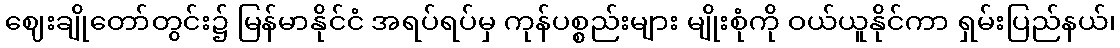
ဈေးချိုတော်တွင်း၌ မြန်မာနိုင်ငံ အရပ်ရပ်မှ ကုန်ပစ္စည်းများ မျိုးစုံကို ဝယ်ယူနိုင်ကာ ရှမ်းပြည်နယ်၊